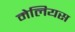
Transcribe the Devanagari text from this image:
मेलियस